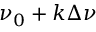
\nu _ { 0 } + k \Delta \nu